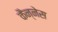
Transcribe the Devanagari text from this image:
कैन्नेस